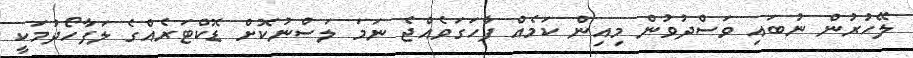
ލޭހުރުން ނުބައި ވަސްދުވުން މިއިން ކަމެއް ފާހަގަވެއްޖެ ނަމަ ލަސްނުކޮށް ޑޮކްޓަރެއްގެ ލަފާހޯދުމަކީ